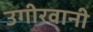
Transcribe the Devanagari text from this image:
उगीरवानी